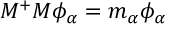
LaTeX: M ^ { + } M \phi _ { \alpha } = m _ { \alpha } \phi _ { \alpha }